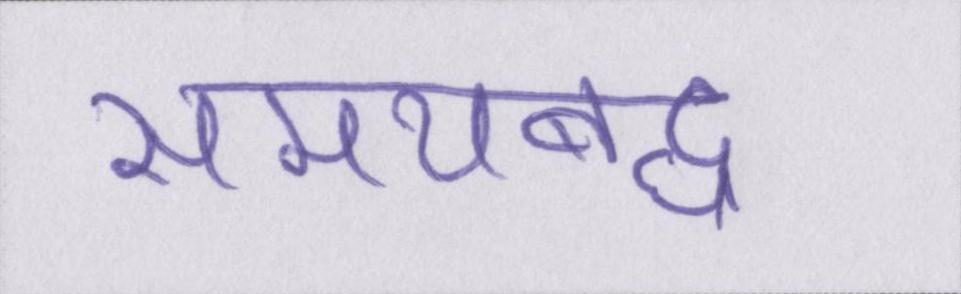
समयबद्ध